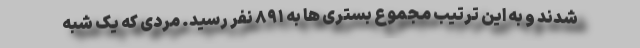
شدند و به این ترتیب مجموع بستری ها به ۸۹۱ نفر رسید. مردی که یک شبه